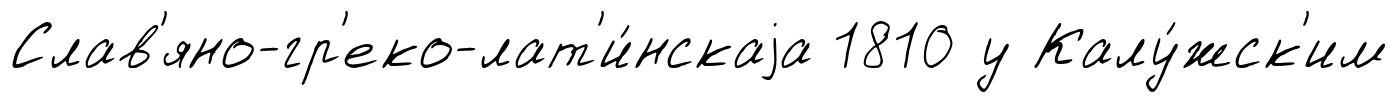
Слав'яно-гр'еко-лат'и́нскаjа 1810 у Калу́жск'им